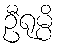
ဦရုမ္ပိ